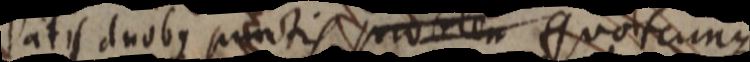
Datis duobus punctis problem quotcunque